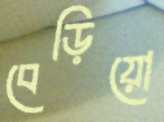
বেড়িয়ো